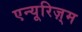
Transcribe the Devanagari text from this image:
एन्यूरिज़्म